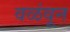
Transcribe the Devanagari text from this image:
वळंवून